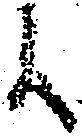
候